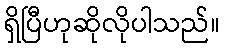
ရှိပြီဟုဆိုလိုပါသည်။